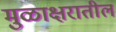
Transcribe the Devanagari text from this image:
मुळाक्षरातील